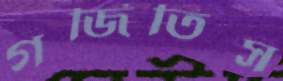
গর্জিতিস